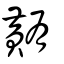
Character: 䵋